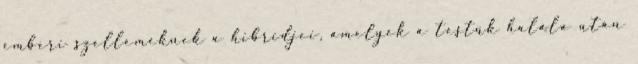
emberi szellemeknek a hibridjei, amelyek a testük halála után